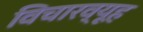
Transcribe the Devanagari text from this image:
विचारव्यूह